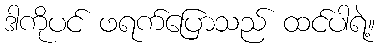
ဒါကိုပင် ဖရက်ပြောသည် ထင်ပါရဲ့။